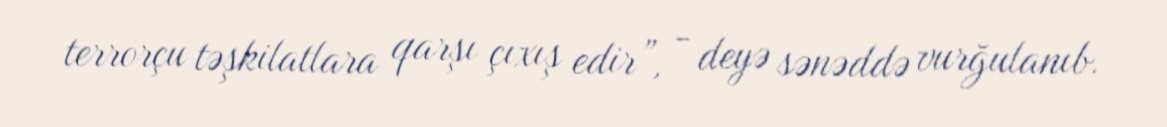
terrorçu təşkilatlara qarşı çıxış edir”, - deyə sənəddə vurğulanıb.